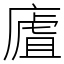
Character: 㢒